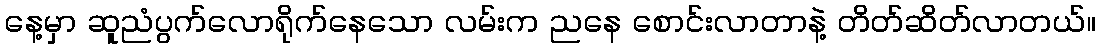
နေ့မှာ ဆူညံပွက်လောရိုက်နေသော လမ်းက ညနေ စောင်းလာတာနဲ့ တိတ်ဆိတ်လာတယ်။